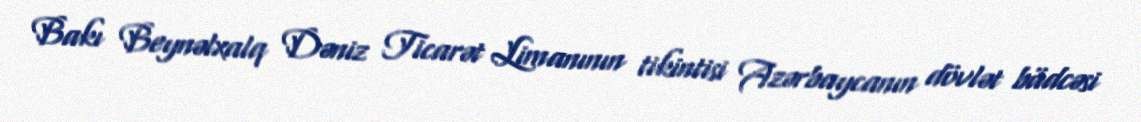
Bakı Beynəlxalq Dəniz Ticarət Limanının tikintisi Azərbaycanın dövlət büdcəsi